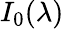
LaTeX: I_{0}(\lambda)